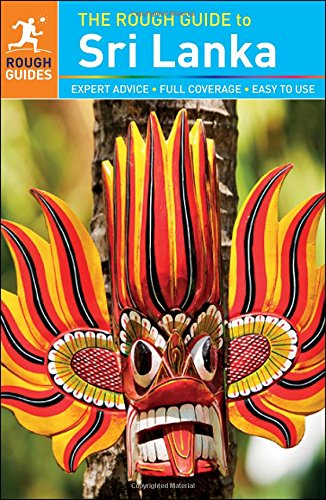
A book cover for The Rough Guide to Sri Lanka; Rough Guides; Travel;